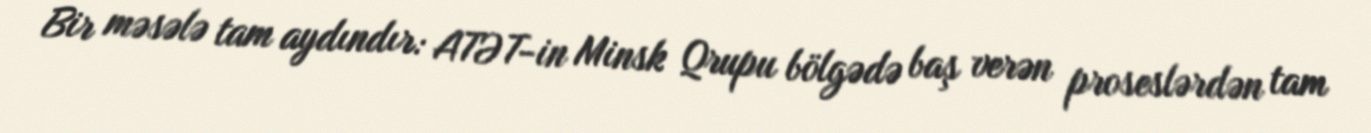
Bir məsələ tam aydındır: ATƏT-in Minsk Qrupu bölgədə baş verən proseslərdən tam